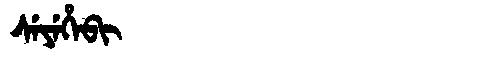
Manchu: ᠰᡝᠶᡝᡥᡝᠪᡳ
Romanization: SEYEHEBI